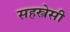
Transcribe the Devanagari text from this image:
सहस्त्रेसी